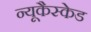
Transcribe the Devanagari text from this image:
न्यूकैस्केड